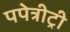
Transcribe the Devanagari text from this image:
पपेत्रीट्री